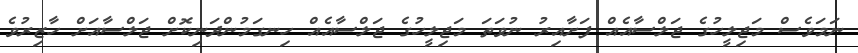
ނަމަވެސް މަޖިލީހުގެ ޖަލްސާއެއް ފަށާއިރު ނުވަތަ މަޖިލީހުގެ ޖަލްސާއެއް ހިނގަމުންދަނިކޮށް ޖަލްސާއަށް ހާޒިރުވެ